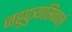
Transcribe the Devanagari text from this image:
जह्नुपुत्र्यास्रिकालं